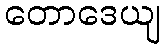
တောဒေယျ